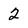
Character: 2